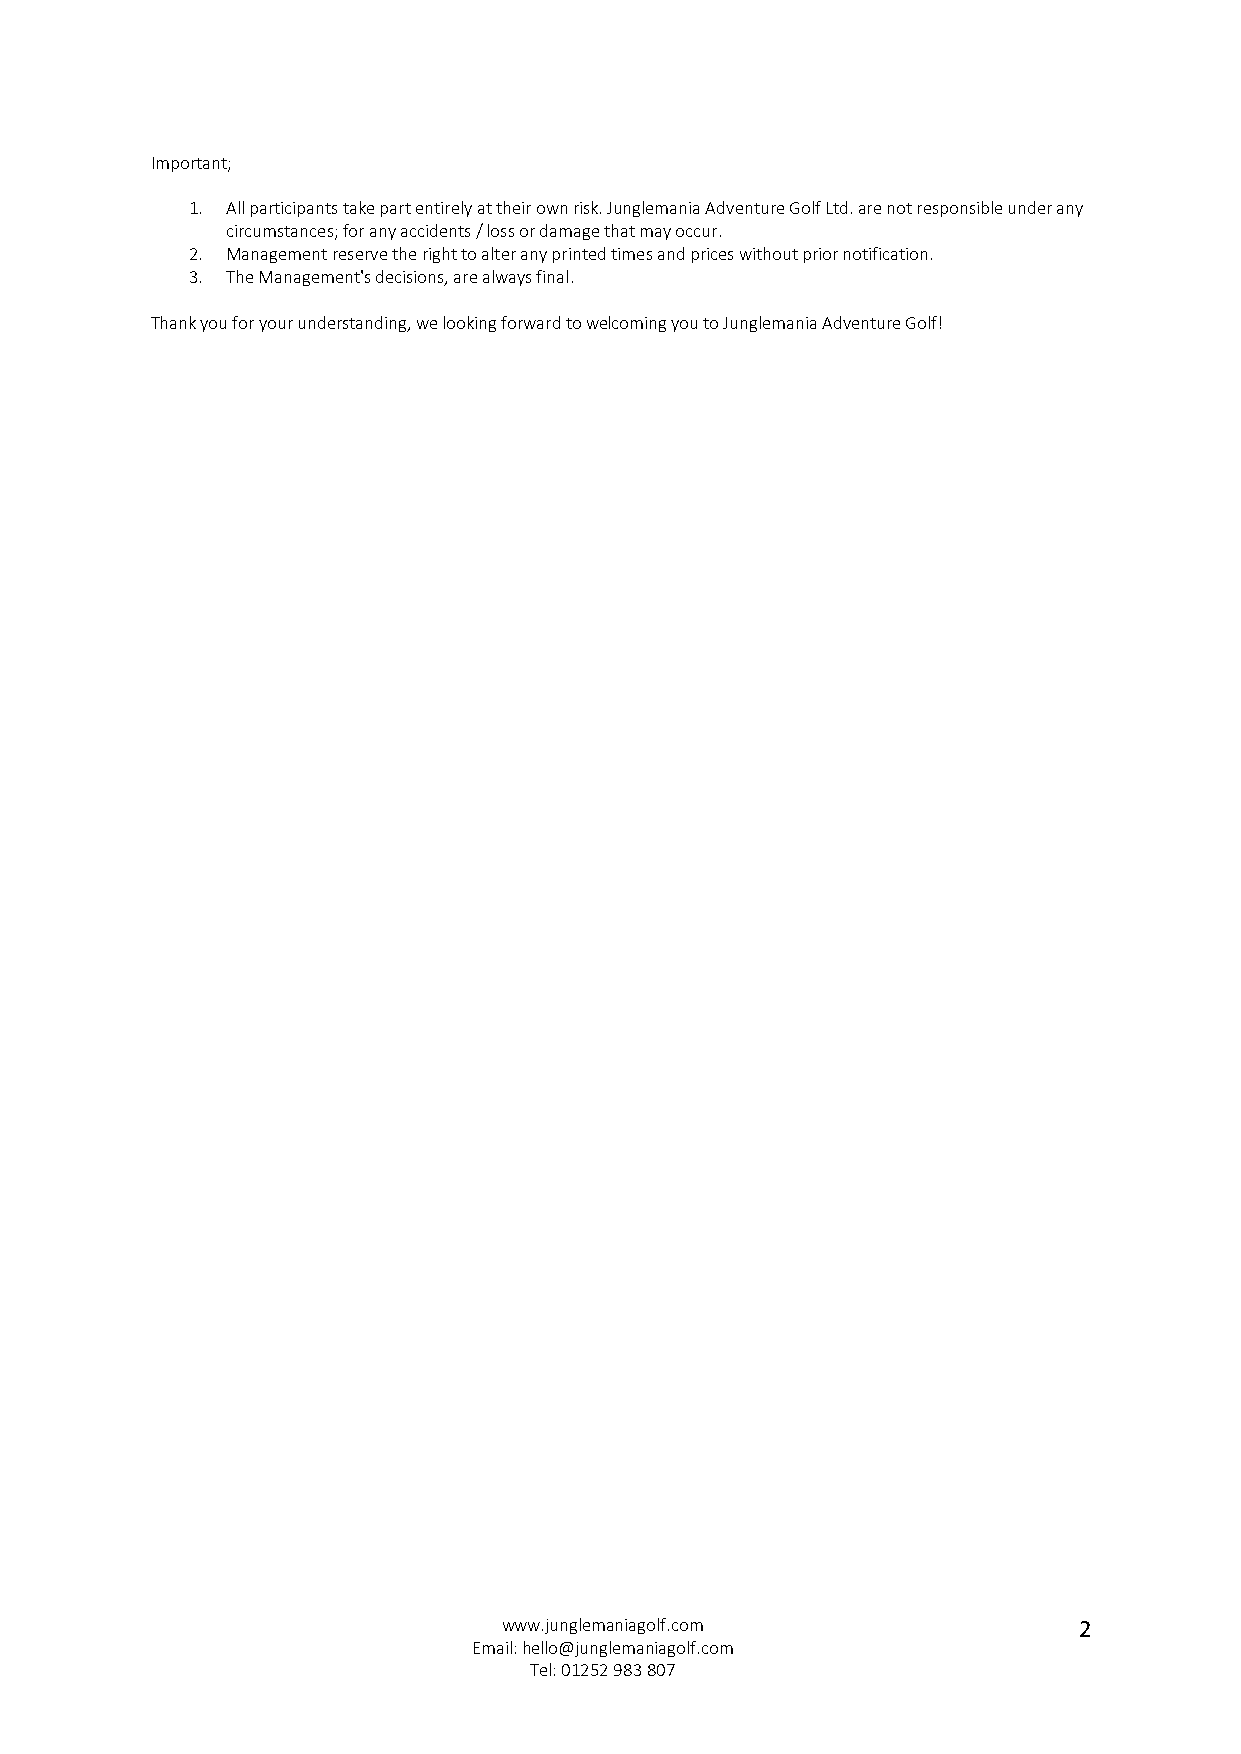
Important;
 1. All participants take part entirely at their own risk. Junglemania Adventure Golf Ltd. are not responsible under any
 circumstances; for any accidents / loss or damage that may occur.
 2. Management reserve the right to alter any printed times and prices without prior notification.
 3. The Management's decisions, are always final.
 Thank you for your understanding, we looking forward to welcoming you to Junglemania Adventure Golf!
 www.junglemaniagolf.com               2
 Email: hello@junglemaniagolf.com
 Tel: 01252 983 807